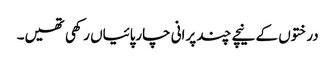
درختوں کے نیچے چند پرانی چارپائیاں رکھی تھیں۔